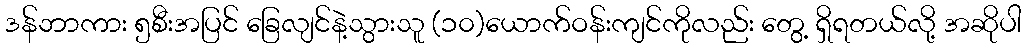
ဒန်ဘာကား ၅စီးအပြင် ခြေလျင်နဲ့သွားသူ (၁၀)ယောက်ဝန်းကျင်ကိုလည်း တွေ့ ရှိရတယ်လို့ အဆိုပါ